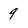
Character: 9